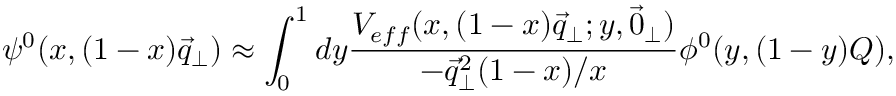
\psi ^ { 0 } ( x , ( 1 - x ) \vec { q } _ { \perp } ) \approx \int _ { 0 } ^ { 1 } d y \frac { V _ { e f f } ( x , ( 1 - x ) \vec { q } _ { \perp } ; y , \vec { 0 } _ { \perp } ) } { - \vec { q } _ { \perp } ^ { 2 } ( 1 - x ) / x } \phi ^ { 0 } ( y , ( 1 - y ) Q ) ,